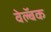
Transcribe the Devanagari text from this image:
वेल्बॅक